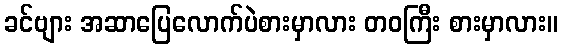
ခင်ဗျား အဆာပြေလောက်ပဲစားမှာလား တဝကြီး စားမှာလား။